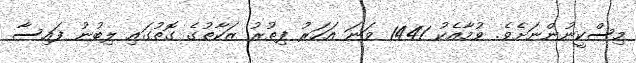
މިސްކީނުންނަށެވެ. ވުމާއެކު 1441 ވަނަ އަހަރު ފިޠުރު ޒަކާތުގެ ގޮތުގައި ލިބުނު ފައިސާ